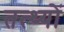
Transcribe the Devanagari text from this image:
तत्थ्यों